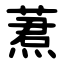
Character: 蔒